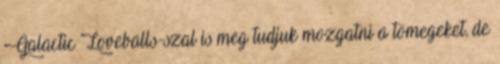
Galactic Loveballs-szal is meg tudjuk mozgatni a tömegeket, de